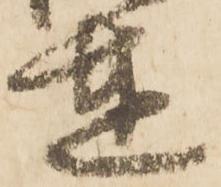
達